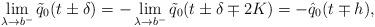
LaTeX: \begin{align*}\lim_{\lambda \to b^-} \tilde{q}_0(t \pm \delta) =-\lim_{\lambda \to b^-} \tilde{q}_0(t \pm \delta \mp 2K) =-\hat{q}_0(t \mp h),\end{align*}